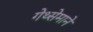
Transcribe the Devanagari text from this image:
गेथ्सेमाने